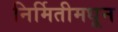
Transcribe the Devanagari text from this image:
निर्मितीमधून